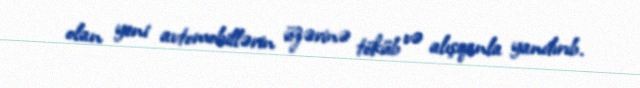
olan yeni avtomobillərin üzərinə töküb və alışqanla yandırıb.